Riigikantselei, lk 12
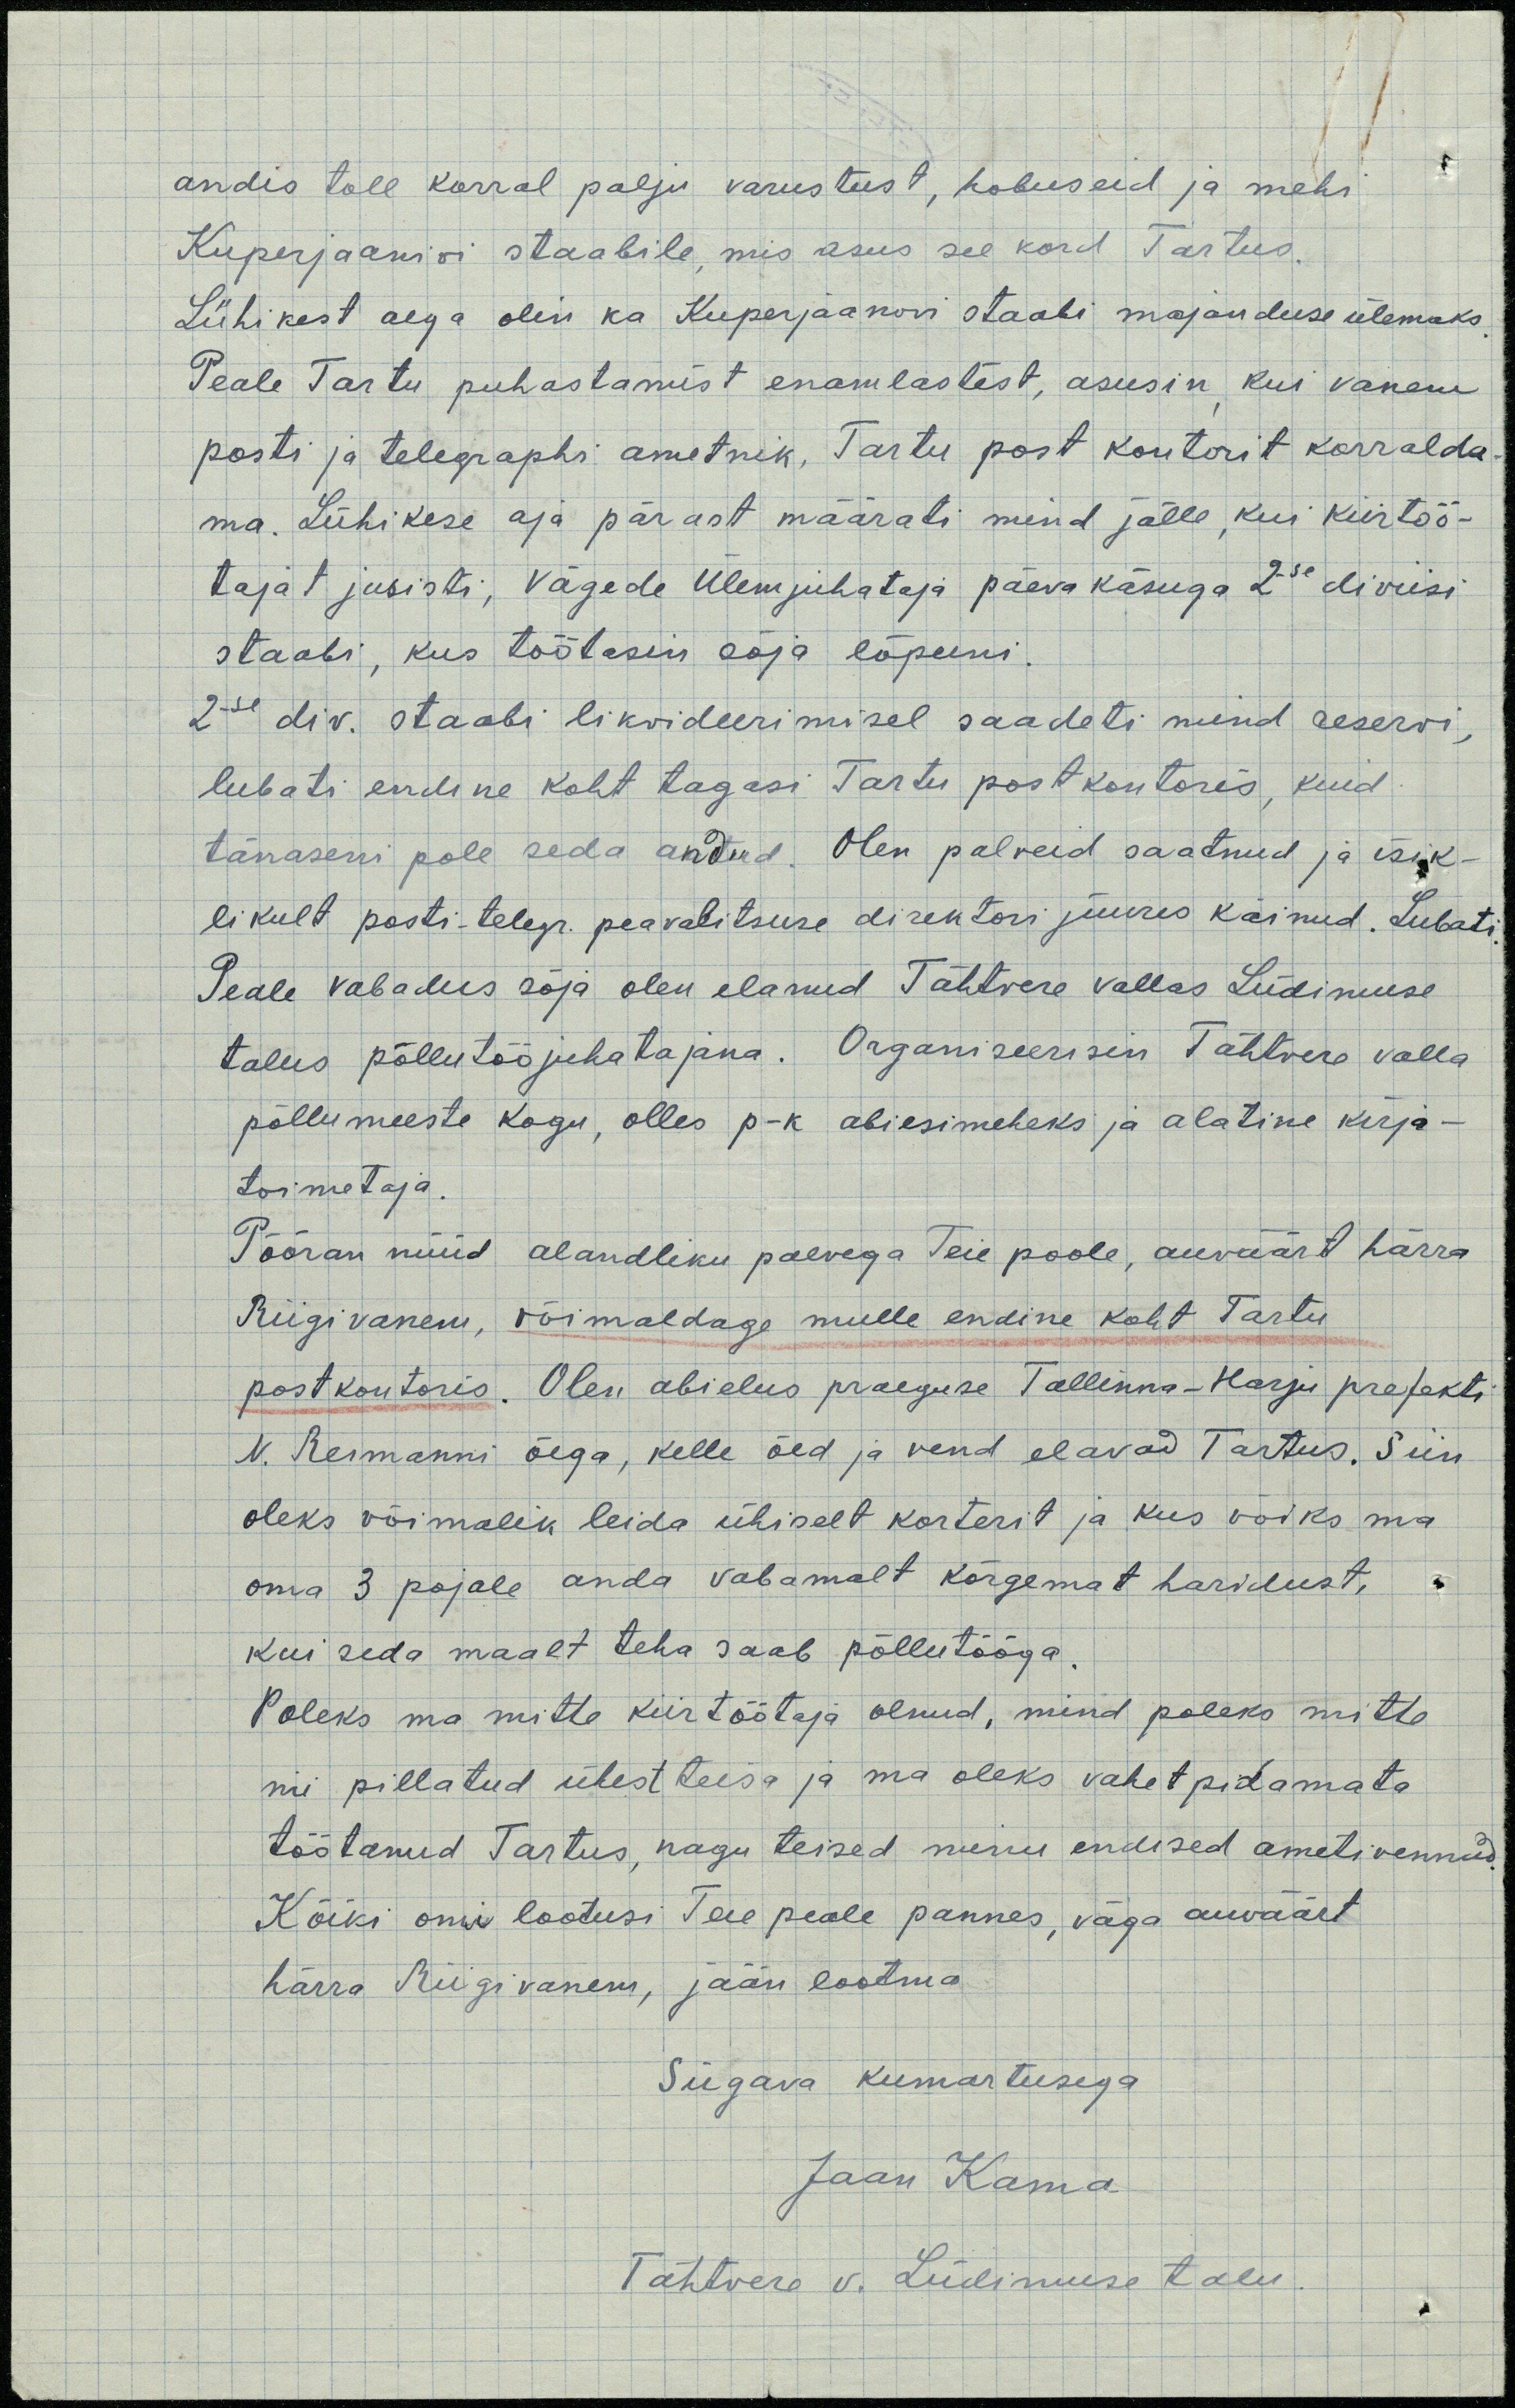
andis toll korral palju varustust, hobuseid ja mehi
Kuperjaanivi staabile, mis asus see kord Tartus.
Lühikest aega olin ka Kuperjaanovi staabi majanduse ülemaks.
Peale Tartu puhastamist enamlastest, asusin, kui vanem
posti ja telegraphi ametnik, Tartu post kontorit korralda-
ma. Lühikese aja pärast määrati mind jälle, kui kiirtöö-
tajat juristi, Vägede Ülemjuhataja päeva käsuga 2-se diviisi
staabi, kus töötasin sõja lõpuni.
2-se div. staabi likvideerimisel saadeti mind reservi,
lubati endine koht tagasi Tartu postkontoris, kuid
tänaseni pole seda andud. Olen palveid saatnud ja isik-
likult posti-telegr. peavalitsuse direktori juures käinud. Lubati.
Peale vabadus sõja olen elanud Tähtvere vallas Lüdimuse
talus põllutööjuhatajana. Organiseerisin Tähtvere valla
põllumeeste kogu, olles p-k abiesimeheks ja alatine kirja-
toimetaja.
Pööran nüüd alandliku palvega Teie poole, auväärt härra
Riigivanem, võimaldage mulle endine koht Tartu
postkontoris. Olen abielus praeguse Tallinna-Harju prefekti
N. Reimanni õega, kelle õed ja vend elavad Tartus. Siin
oleks võimalik leida ühiselt korterit ja kus võiks ma
oma 3 pojale anda vabamalt kõrgemat haridust,
kui seda maalt teha saab põllutööga.
Poleks ma mitte kiirtöötaja olnud, mind poleks mitte
nii pillatud ühest teise ja ma oleks vahet pidamata
töötanud Tartus, nagu teised minu endised ametivennad.
Kõiki omi lootusi Teie peale pannes, väga auväärt
härra Riigivanem, jään lootma
Sügava kumartusega
Jaan Kama
Tähtvere v. Lüdimuse talu.